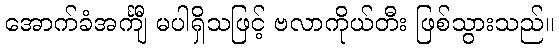
အောက်ခံအင်္ကျီ မပါရှိသဖြင့် ဗလာကိုယ်တီး ဖြစ်သွားသည်။